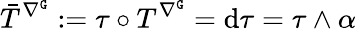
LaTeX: \bar{T}^{\nabla^{\mathtt{G}}}:=\tau\circ T^{\nabla^{\mathtt{G}}}=\mathrm{d}\tau=\tau\wedge\alpha